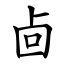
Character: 㔽